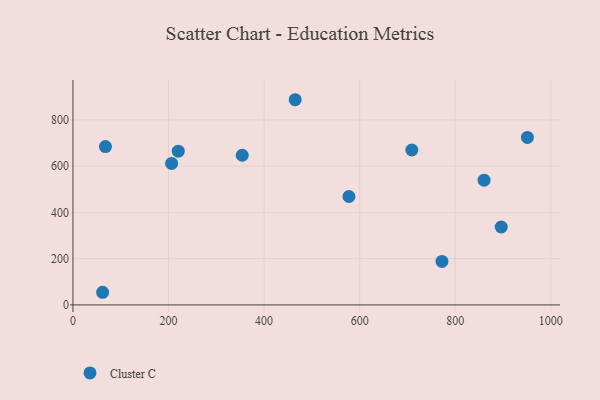
{"axis": {"x": "Investment", "y": "Exam Score"}, "legend": ["Cluster C"], "data": [{"x": "465.0", "y": 887.3, "type": "Cluster C"}, {"x": "860.4", "y": 539.5, "type": "Cluster C"}, {"x": "896.3", "y": 336.9, "type": "Cluster C"}, {"x": "62.1", "y": 54.6, "type": "Cluster C"}, {"x": "577.6", "y": 468.7, "type": "Cluster C"}, {"x": "206.5", "y": 611.7, "type": "Cluster C"}, {"x": "709.2", "y": 669.9, "type": "Cluster C"}, {"x": "354.3", "y": 647.1, "type": "Cluster C"}, {"x": "951.0", "y": 724.1, "type": "Cluster C"}, {"x": "772.3", "y": 187.9, "type": "Cluster C"}, {"x": "68.0", "y": 684.6, "type": "Cluster C"}, {"x": "220.4", "y": 665.0, "type": "Cluster C"}]}